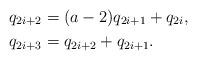
LaTeX: \begin{align*} q_{2i+2}&=(a-2)q_{2i+1}+q_{2i}, \\ q_{2i+3}&=q_{2i+2}+q_{2i+1}.\end{align*}